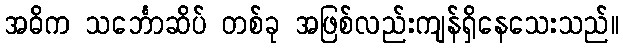
အဓိက သင်္ဘောဆိပ် တစ်ခု အဖြစ်လည်းကျန်ရှိနေသေးသည်။